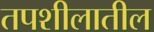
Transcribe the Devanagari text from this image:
तपशीलातील